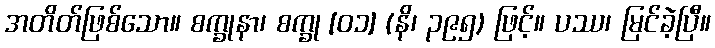
အတိတ်ဖြစ်သော။ စက္ခုနာ၊ စက္ခု [၀၁] (နိ၊ ၃၉၅) ဖြင့်။ ပဿ၊ မြင်ခဲ့ပြီ။